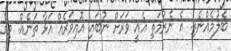
ބެލުމެއްނެތި. އެ ނެރުމަތި އެއީ ވަރަށް ނުބައި އޮއިވަރެއް އަޅާ ތަނެއް. މީގެ